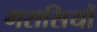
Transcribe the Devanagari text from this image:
गरासियों